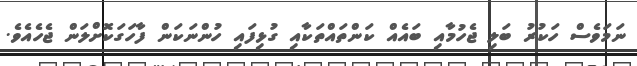
ނަމަވެސް ހަކުރު ބަލި ޖެހުމާއި ބައެއް ކަންތައްތަކާއި ގުޅިފައި ހުންނަކަން ފާހަގަކޮށްލަން ޖެހެއެވެ.